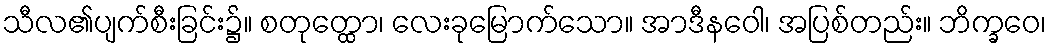
သီလ၏ပျက်စီးခြင်း၌။ စတုတ္ထော၊ လေးခုမြောက်သော။ အာဒီနဝေါ၊ အပြစ်တည်း။ ဘိက္ခဝေ၊